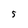
Character: S